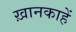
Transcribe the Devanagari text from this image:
ख़ानकाहें